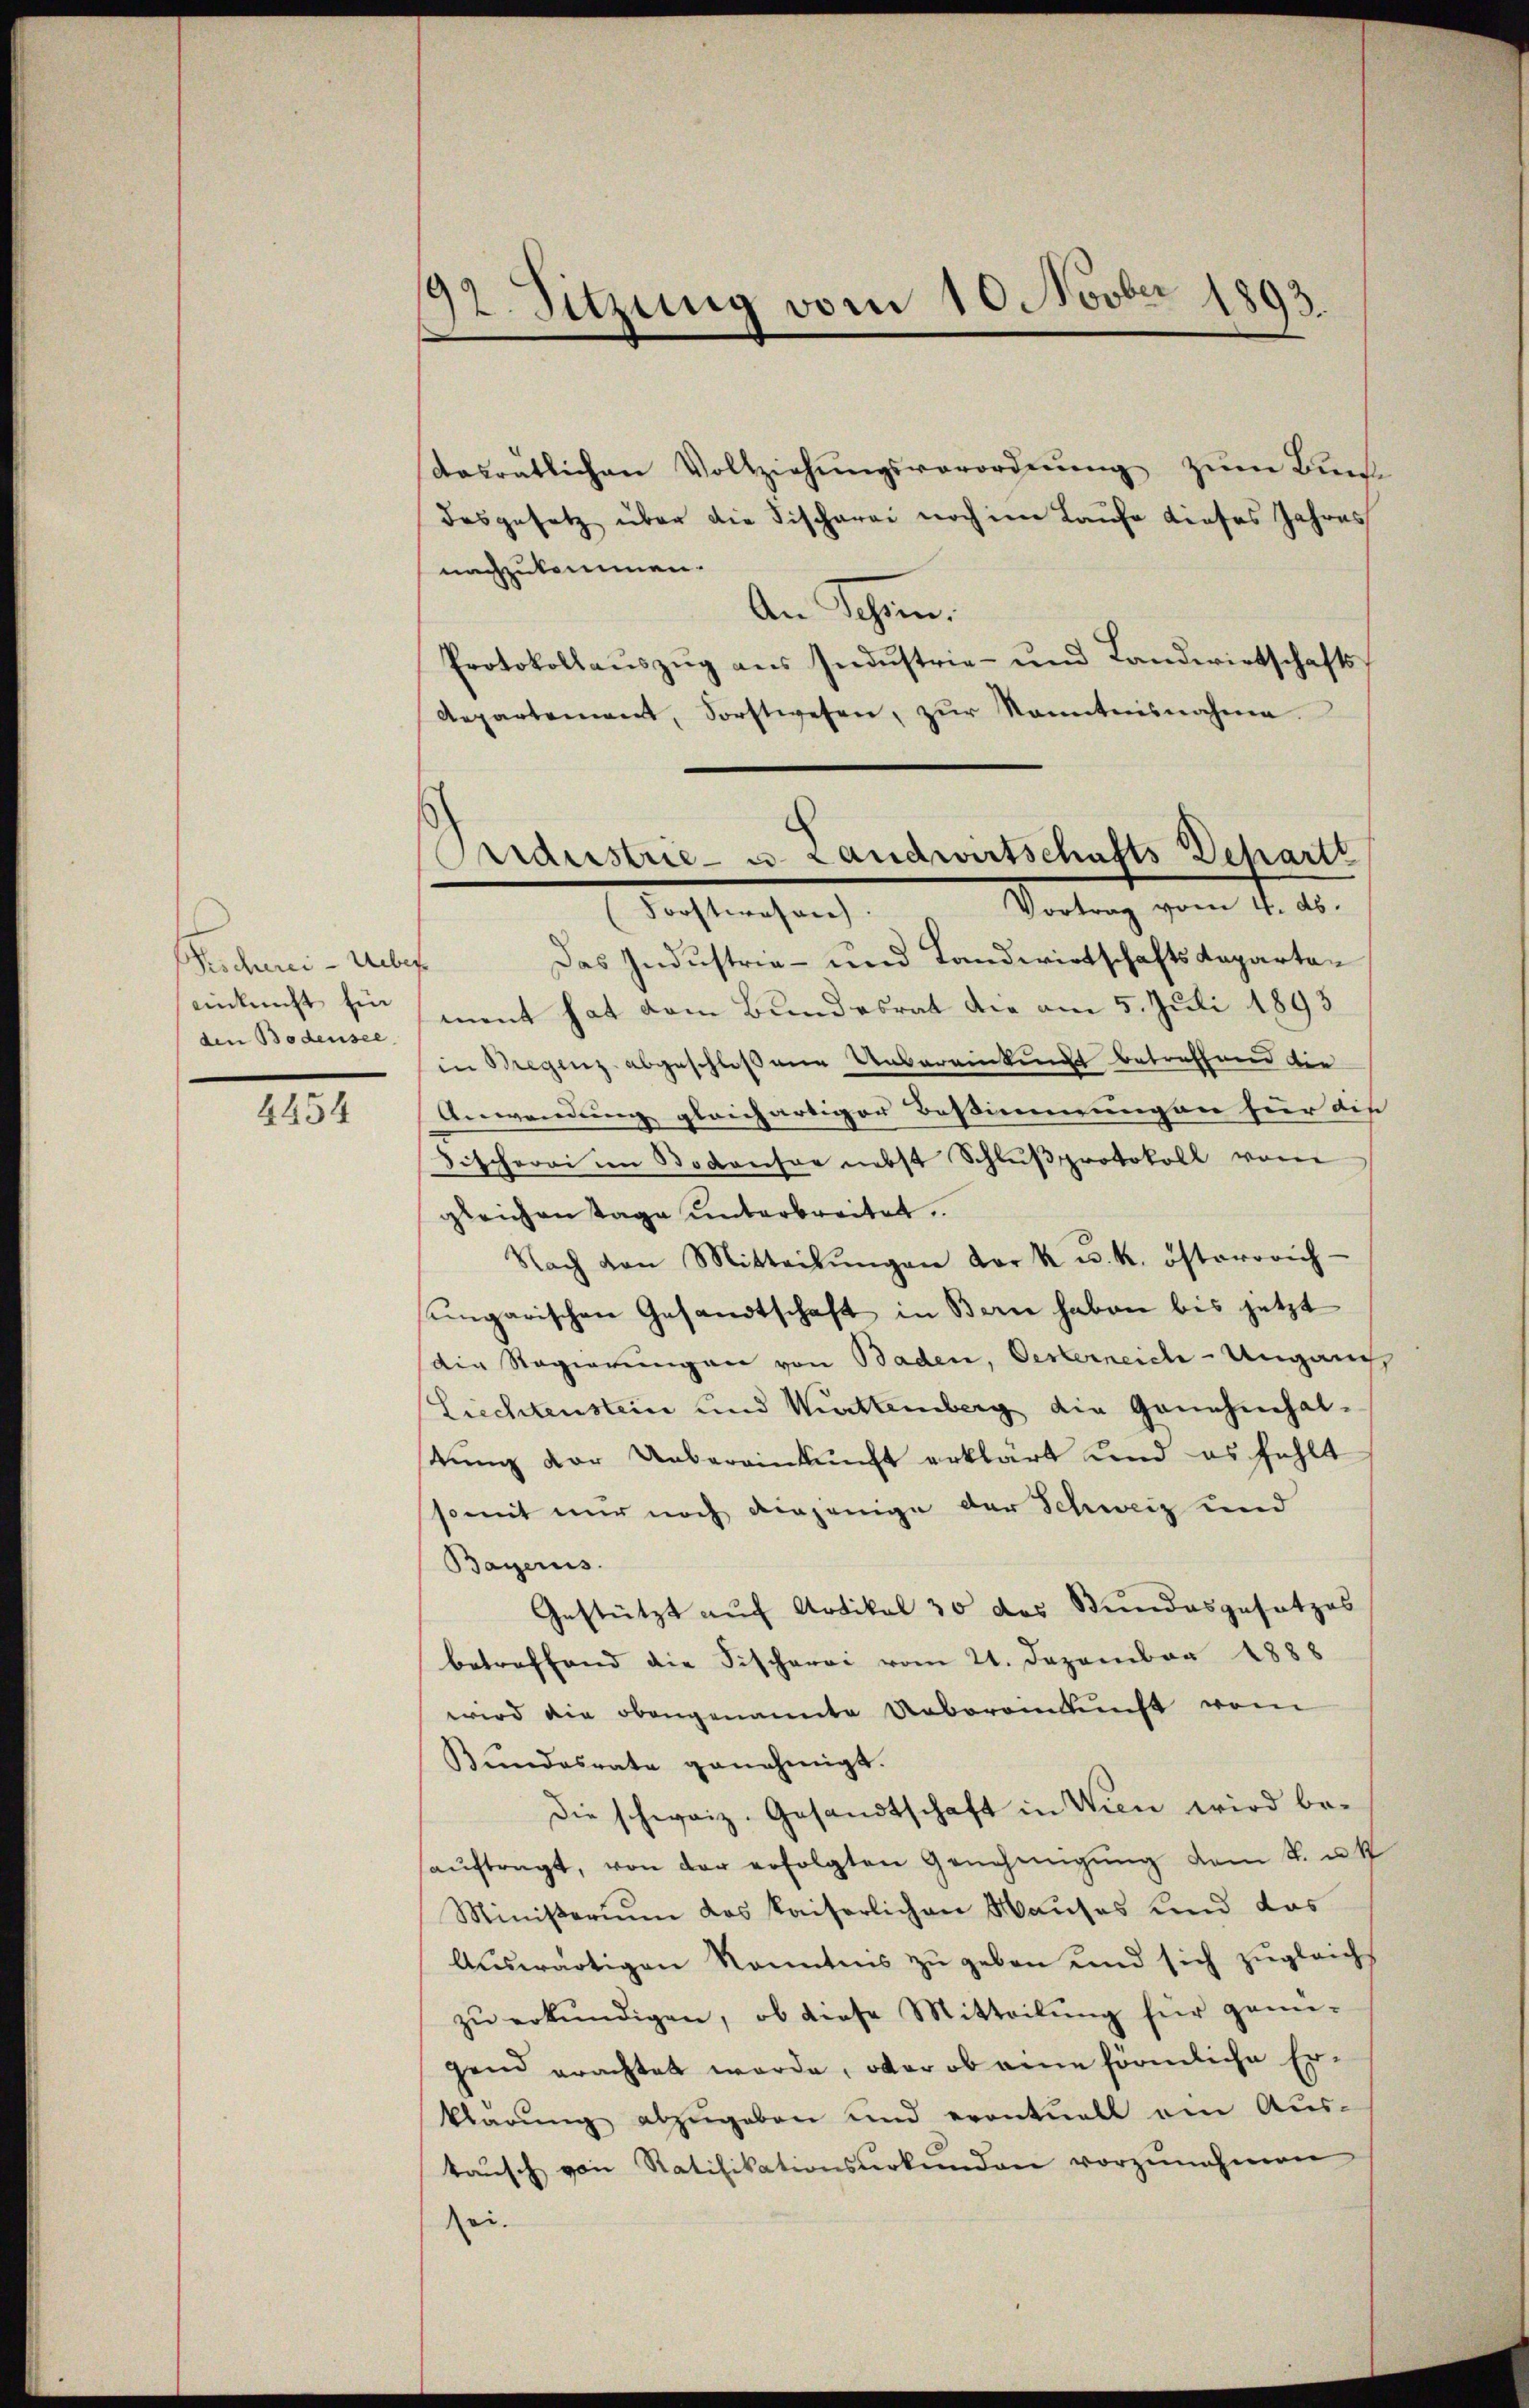
Vescherei-Ueber
enknicht ein
den Bodensee

4454

92. Sitzung vom 10. Novber 1893.

dasratlichen Vollziehŭngsverordnung zum Bund
Dasgesetz über die Fischerei noch im Laufe dieses Jahres
nachzukommen.
An Schren.
Protokollauszug aus Industrie- und Landwirtschafts¬
Repartement, Sorstwesen, zŭr Kenntnisnahme
Das Industrie- und Landwirtschafts-Kapartament hat dem Bundesrat die am 5. Juli 1893
in Bregenz abgeschloßene Unbereinkung betreffend die
Anwendung gleichartiger Bestimmungen für die
Fischerei im Bodenser nebst Schlußprotokoll vom
gleichen Tage unterbreitet.
Nach von Mitteilŭngen der k. u. k. österrich-
ungarischen Gesandtschaft in Bern haben bis jetzt
die Regierungen von Baden, Oesterreich-Ungang.
Liechtenstein und Muttemberg die Genehmhalstŭng der Uebereinkunft erklärt und es fehlt
somit nur noch diejenige der Schweiz und
Bayerus.
Gestützt auf Artikal 30 das Bundesgesetzes
betreffend die Fischerei vom 21. Dezember 1888
wird die obengenannte Uebereinkunft vom
Bundesrate genehmigt.
Die schweiz. Gesandtschaft in Wien wird be-
aŭftragt, von der erfolgten Genehmigŭng dem k. u. 1
Ministerium das kaiserlichen Hauses und das
Aŭswärtigen konntnis zu geben und sich zugleich
zŭ erkŭndigen, ob diese Mitteilŭng für genü-
gend erachtet werde, oder ob eine förmliche Erklärung abzugeben und eventuell am Aus-
taŭsch von Ratifikationsŭrkŭnden vorzŭnehmen
sei.

ridustrie- u. Landwirtschafts Schartt
Vortrag vom 4. d.
(Forstwesen.